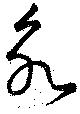
永